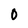
Character: O